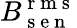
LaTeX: B_{\mathrm{~s~e~n~}}^{\mathrm{~r~m~s~}}